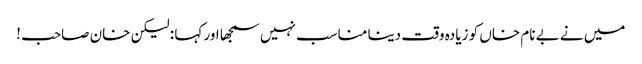
میں نے بے نام خاں کو زیادہ وقت دینا مناسب نہیں سمجھا اور کہا : لیکن خان صاحب !